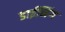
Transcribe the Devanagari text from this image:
डाईनिंग